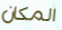
المكان